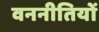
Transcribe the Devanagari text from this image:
वननीतियों